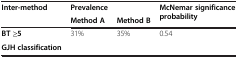
<table><thead><tr><td rowspan="2"><b>Inter-method</b></td><td><b>Prevalence</b></td><td><b> </b></td><td rowspan="2"><b>McNemar significance probability</b></td></tr><tr><td><b>Method A</b></td><td><b>Method B</b></td></tr></thead><tbody><tr><td><b>BT ≥5</b></td><td rowspan="2">31%</td><td rowspan="2">35%</td><td rowspan="2">0.54</td></tr><tr><td><b>GJH classification</b></td></tr></tbody></table>